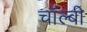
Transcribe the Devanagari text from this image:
चॉल्बी